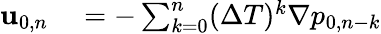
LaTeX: \begin{array}{rl}{\mathbf{u}_{0,n}}&{{}=-\sum_{k=0}^{n}(\Delta T)^{k}\nabla p_{0,n-k}}\end{array}